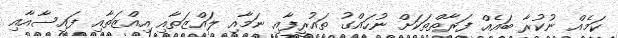
ކަމެއް ނުކުރާ ބައެއް ފަރާތްތަކަށް ނުހައްގު ތައުރީފާއި ނަމާއި ލައްޒަތާއި އިއްޒަތާއި ފައިސާއާއި